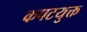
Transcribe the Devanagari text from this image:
कपटयुक्त